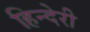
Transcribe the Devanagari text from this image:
हिन्देरी